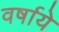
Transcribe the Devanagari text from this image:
वर्षाये